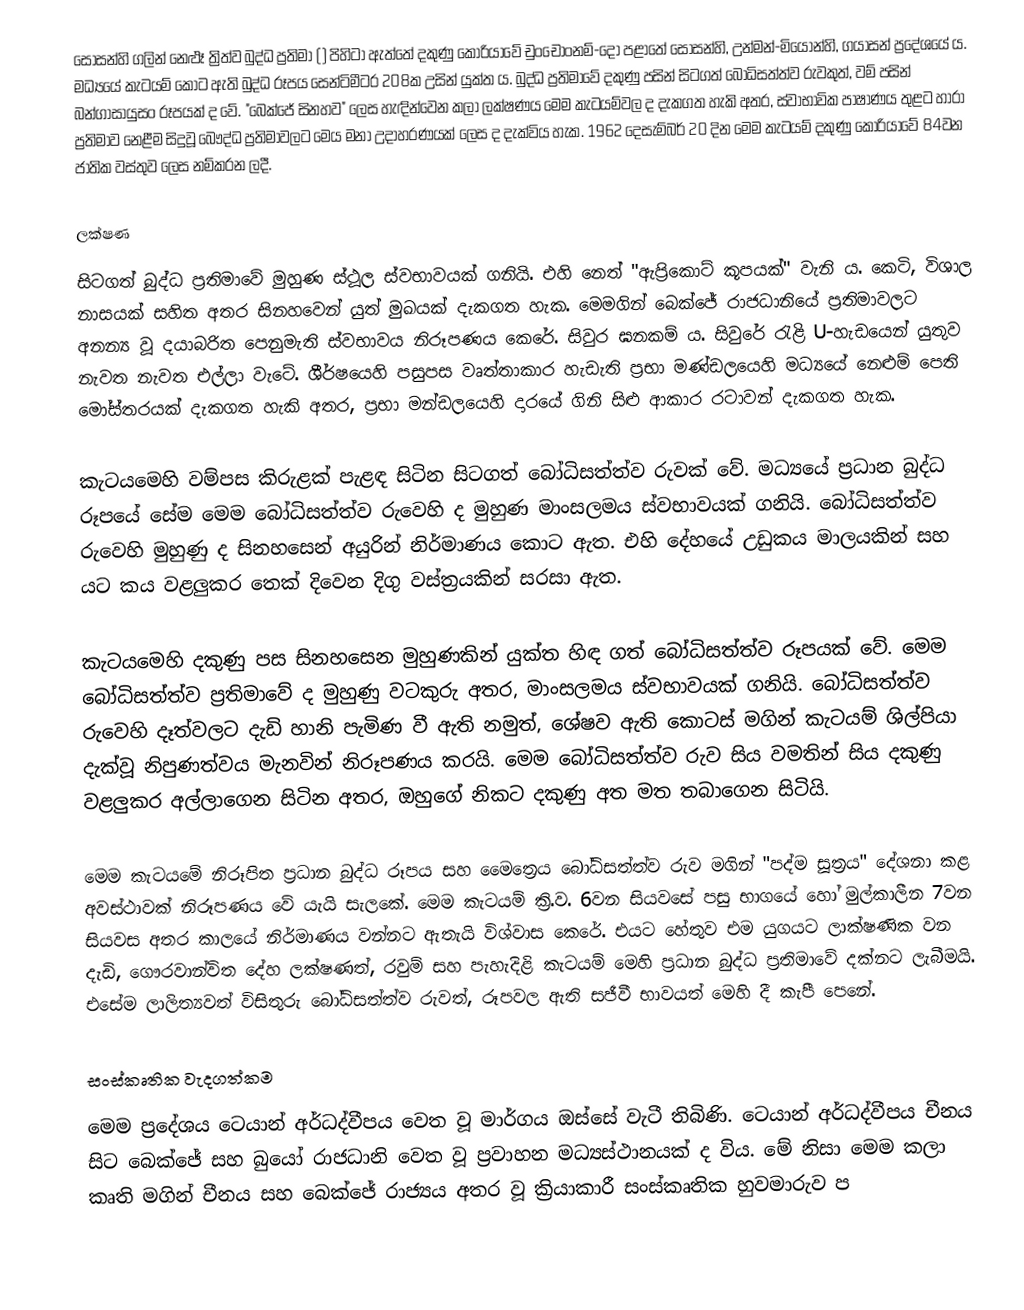
සෝසන්හි ගලින් නෙළූ ත්‍රිත්ව බුද්ධ ප්‍රතිමා () පිහිටා ඇත්තේ දකුණු කොරියාවේ චුංචොංනම්-දෝ පළාතේ සෝසන්හි, උන්මන්-මියොන්හි, ගයාසන් ප්‍රදේශයේ ය. මධ්‍යයේ කැටයම් කොට ඇති බුද්ධ රූපය සෙන්ටිමීටර 208ක උසින් යුක්ත ය. බුද්ධ ප්‍රතිමාවේ දකුණු පසින් සිටගත් බෝධිසත්ත්ව රුවකුත්, වම් පසින් බන්ගාසායුසං රූපයක් ද වේ. "බෙක්ජේ සිනහව" ලෙස හැඳින්වෙන කලා ලක්ෂණය මෙම කැටයම්වල ද දැකගත හැකි අතර, ස්වාභාවික පාෂාණය තුළට හාරා ප්‍රතිමාව නෙළීම සිදුවූ බෞද්ධ ප්‍රතිමාවලට මෙය මනා උදාහරණයක් ලෙස ද දැක්විය හැක. 1962 දෙසැම්බර් 20 දින මෙම කැටයම් දකුණු කොරියාවේ 84වන ජාතික වස්තුව ලෙස නම්කරන ලදී.

ලක්ෂණ
සිටගත් බුද්ධ ප්‍රතිමාවේ මුහුණ ස්ථූල ස්වභාවයක් ගනියි. එහි නෙත් "ඇප්‍රිකොට් කූපයක්" වැනි ය. කෙටි, විශාල නාසයක් සහිත අතර සිනහවෙන් යුත් මුඛයක් දැකගත හැක. මෙමගින් බෙක්ජේ රාජධානියේ ප්‍රතිමාවලට අනන්‍ය වූ දයාබරිත පෙනුමැති ස්වභාවය නිරූපණය කෙරේ. සිවුර ඝනකම් ය. සිවුරේ රැළි U-හැඩයෙන් යුතුව නැවත නැවත එල්ලා වැටේ. ශීර්ෂයෙහි පසුපස වෘත්තාකාර හැඩැති ප්‍රභා මණ්ඩලයෙහි මධ්‍යයේ නෙළුම් පෙති මෝස්තරයක් දැකගත හැකි අතර, ප්‍රභා මන්ඩලයෙහි දාරයේ ගිනි සිළු ආකාර රටාවන් දැකගත හැක.

කැටයමෙහි වම්පස කිරුළක් පැළඳ සිටින සිටගත් බෝධිසත්ත්ව රුවක් වේ. මධ්‍යයේ ප්‍රධාන බුද්ධ රූපයේ සේම මෙම බෝධිසත්ත්ව රුවෙහි ද මුහුණ මාංසලමය ස්වභාවයක් ගනියි. බෝධිසත්ත්ව රුවෙහි මුහුණු ද සිනහසෙන් අයුරින් නිර්මාණය කොට ඇත. එහි දේහයේ උඩුකය මාලයකින් සහ යට කය වළලුකර තෙක් දිවෙන දිගු වස්ත්‍රයකින් සරසා ඇත.

කැටයමෙහි දකුණු පස සිනහසෙන මුහුණකින් යුක්ත හිඳ ගත් බෝධිසත්ත්ව රූපයක් වේ. මෙම බෝධිසත්ත්ව ප්‍රතිමාවේ ද මුහුණු වටකුරු අතර, මාංසලමය ස්වභාවයක් ගනියි. බෝධිසත්ත්ව රුවෙහි දෑත්වලට දැඩි හානි පැමිණ වී ඇති නමුත්, ශේෂව ඇති කොටස් මගින් කැටයම් ශිල්පියා දැක්වූ නිපුණත්වය මැනවින් නිරූපණය කරයි. මෙම බෝධිසත්ත්ව රුව සිය වමතින් සිය දකුණු වළලුකර අල්ලාගෙන සිටින අතර, ඔහුගේ නිකට දකුණු අත මත තබාගෙන සිටියි.

මෙම කැටයමේ නිරූපිත ප්‍රධාන බුද්ධ රූපය සහ මෛත්‍රෙය බෝධිසත්ත්ව රුව මගින් "පද්ම සූත්‍රය" දේශනා කළ අවස්ථාවක් නිරූපණය වේ යැයි සැලකේ. මෙම කැටයම් ක්‍රි.ව. 6වන සියවසේ පසු භාගයේ හෝ මුල්කාලීන 7වන සියවස අතර කාලයේ නිර්මාණය වන්නට ඇතැයි විශ්වාස කෙරේ. එයට හේතුව එම යුගයට ලාක්ෂණික වන දැඩි, ගෞරවාන්විත දේහ ලක්ෂණත්, රවුම් සහ පැහැදිළි කැටයම් මෙහි ප්‍රධාන බුද්ධ ප්‍රතිමාවේ දක්නට ලැබීමයි. එසේම ලාලිත්‍යවත් විසිතුරු බෝධිසත්ත්ව රුවත්, රූපවල ඇති සජීවී භාවයත් මෙහි දී කැපී පෙනේ.

සංස්කෘතික වැදගත්කම
මෙම ප්‍රදේශය ටෙයාන් අර්ධද්වීපය වෙත වූ මාර්ගය ඔස්සේ වැටී තිබිණි. ටෙයාන් අර්ධද්වීපය චීනය සිට බෙක්ජේ සහ බුයෝ රාජධානි වෙත වූ ප්‍රවාහන මධ්‍යස්ථානයක් ද විය. මේ නිසා මෙම කලා කෘති මගින් චීනය සහ බෙක්ජේ රාජ්‍යය අතර වූ ක්‍රියාකාරී සංස්කෘතික හුවමාරුව ප